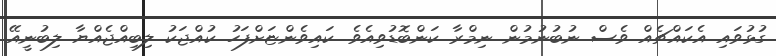
ގުޅުވައި އެކައްޗެއް ވެސް ނުބުނުމުން ނިމްރާ ކަންބޮޑުވިއެވެ. ކައިވެންޏަށްފަހު ކުއްޖަކު ލިބިއްޖެއްޔާ ލިބުނީއޭ